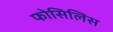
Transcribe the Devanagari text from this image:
फोसिलिस